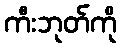
ကီးဘုတ်ကို